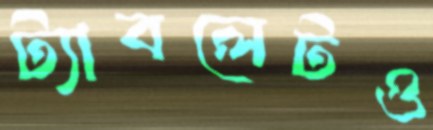
ট্যাবলেটও